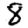
Digit: 8